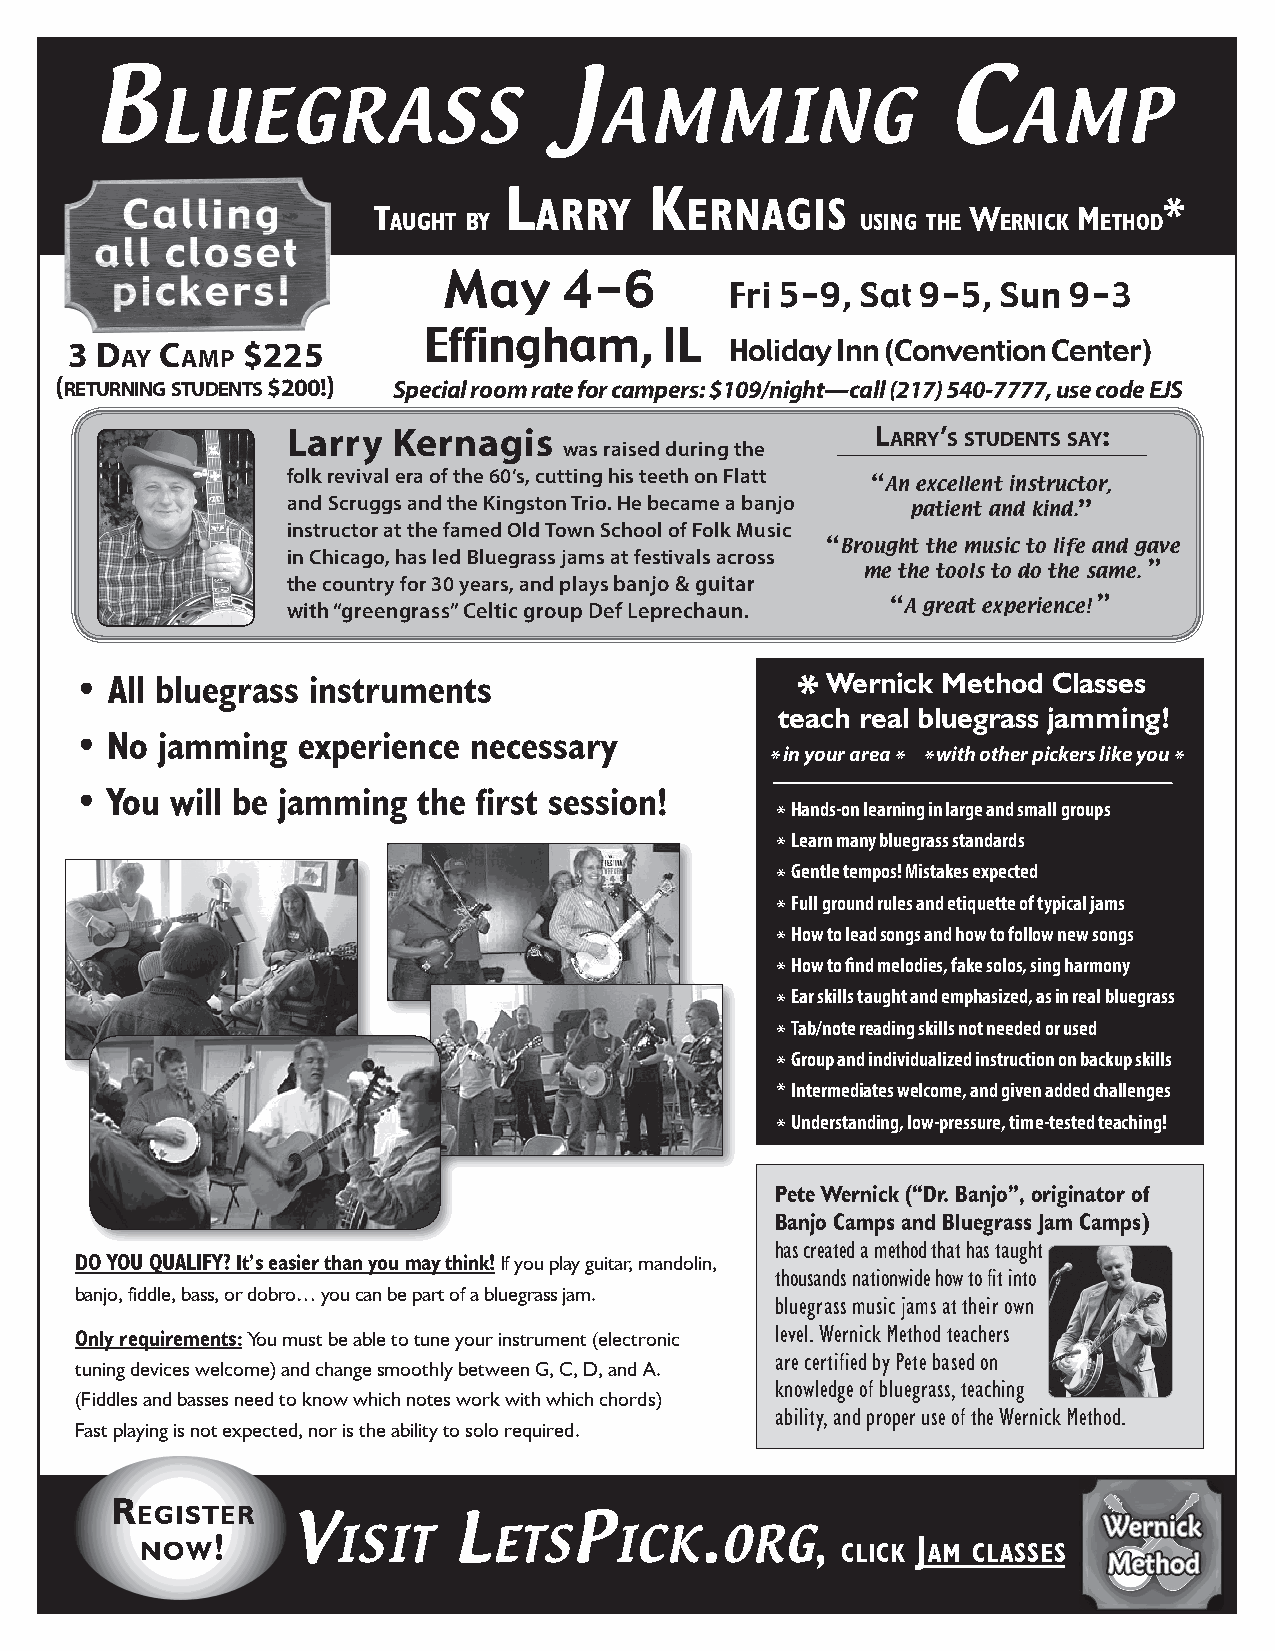
B                              J                         C
 luegrass                     amming                     amp
 L         K
 T
 arry     ernagis
 W      M
 *
 aughT by                       using The ernicK eThod
 May     4-6
 Fri 5-9, Sat 9-5, Sun  9-3
 3 D ay C amp $225
 Effingham,      IL
 Holiday Inn (Convention Center)
 ( returning stuDents $200!) Special room rate for campers: $109/night—call (217) 540-7777, use code EJS
 Larry  Kernagis                        L arry’ s stuDents say:
 was raised during the
 folk revival era of the 60’s, cutting his teeth on Flatt “
 An excellent instructor,
 and Scruggs and the Kingston Trio. He became a banjo ”
 patient and kind.
 instructor at the famed Old Town School of Folk Music
 “
 Brought the music to life and gave
 in Chicago, has led Bluegrass jams at festivals across
 me the tools to do the same.
 ”
 the country for 30 years, and plays banjo & guitar
 “             ”
 with “greengrass” Celtic group Def Leprechaun. A great experience!
 • All bluegrass instruments                     * Wernick Method Classes
 teach real bluegrass jamming!
 • No jamming   experience necessary
 * in your area * * with other pickers like you *
 • You will be jamming  the first session!
 * Hands-on learning in large and small groups
 * Learn many bluegrass standards
 * Gentle tempos! Mistakes expected
 * Full ground rules and etiquette of typical jams
 * How to lead songs and how to follow new songs
 * How to find melodies, fake solos, sing harmony
 * Ear skills taught and emphasized, as in real bluegrass
 * Tab/note reading skills not needed or used
 * Group and individualized instruction on backup skills
 * Intermediates welcome, and given added challenges
 * Understanding, low-pressure, time-tested teaching!
 Pete Wernick (“Dr. Banjo”, originator of
 Banjo Camps and Bluegrass Jam Camps)
 has created a method that has taught
 DO YOU QUALIFY? It’s easier than you may think! If you play guitar, mandolin,
 thousands nationwide how to fit into
 banjo, fiddle, bass, or dobro… you can be part of a bluegrass jam.
 bluegrass music jams at their own
 Only requirements: You must be able to tune your instrument (electronic level. Wernick Method teachers
 are certified by Pete based on
 tuning devices welcome) and change smoothly between G, C, D, and A.
 knowledge of bluegrass, teaching
 (Fiddles and basses need to know which notes work with which chords)
 ability, and proper use of the Wernick Method.
 Fast playing is not expected, nor is the ability to solo required.
 R
 egisteR
 now!      V  isit    l  etsp    iCk.   org,
 cLicK
 J
 aM cLasses